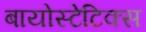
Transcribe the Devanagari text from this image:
बायोस्टेटिक्स